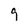
Character: 9